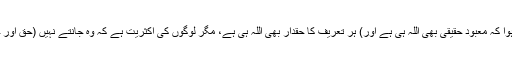
(پس ثابت ہوا کہ معبود حقیقی بھی اللہ ہی ہے اور) ہر تعریف کا حقدار بھی اللہ ہی ہے، مگر لوگوں کی اکثریت ہے کہ وہ جانتے نہیں (حق اور حقیقت کو)۔